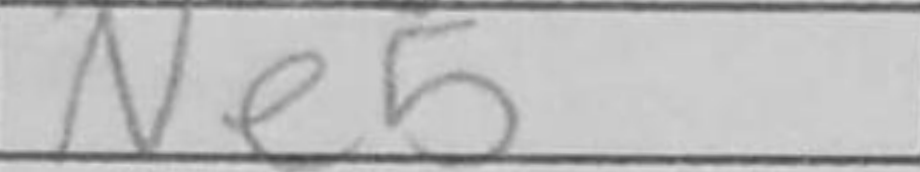
Transcription: Ne5